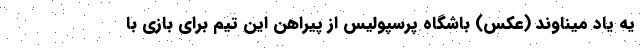
یه یاد میناوند (عکس) باشگاه پرسپولیس از پیراهن این تیم برای بازی با